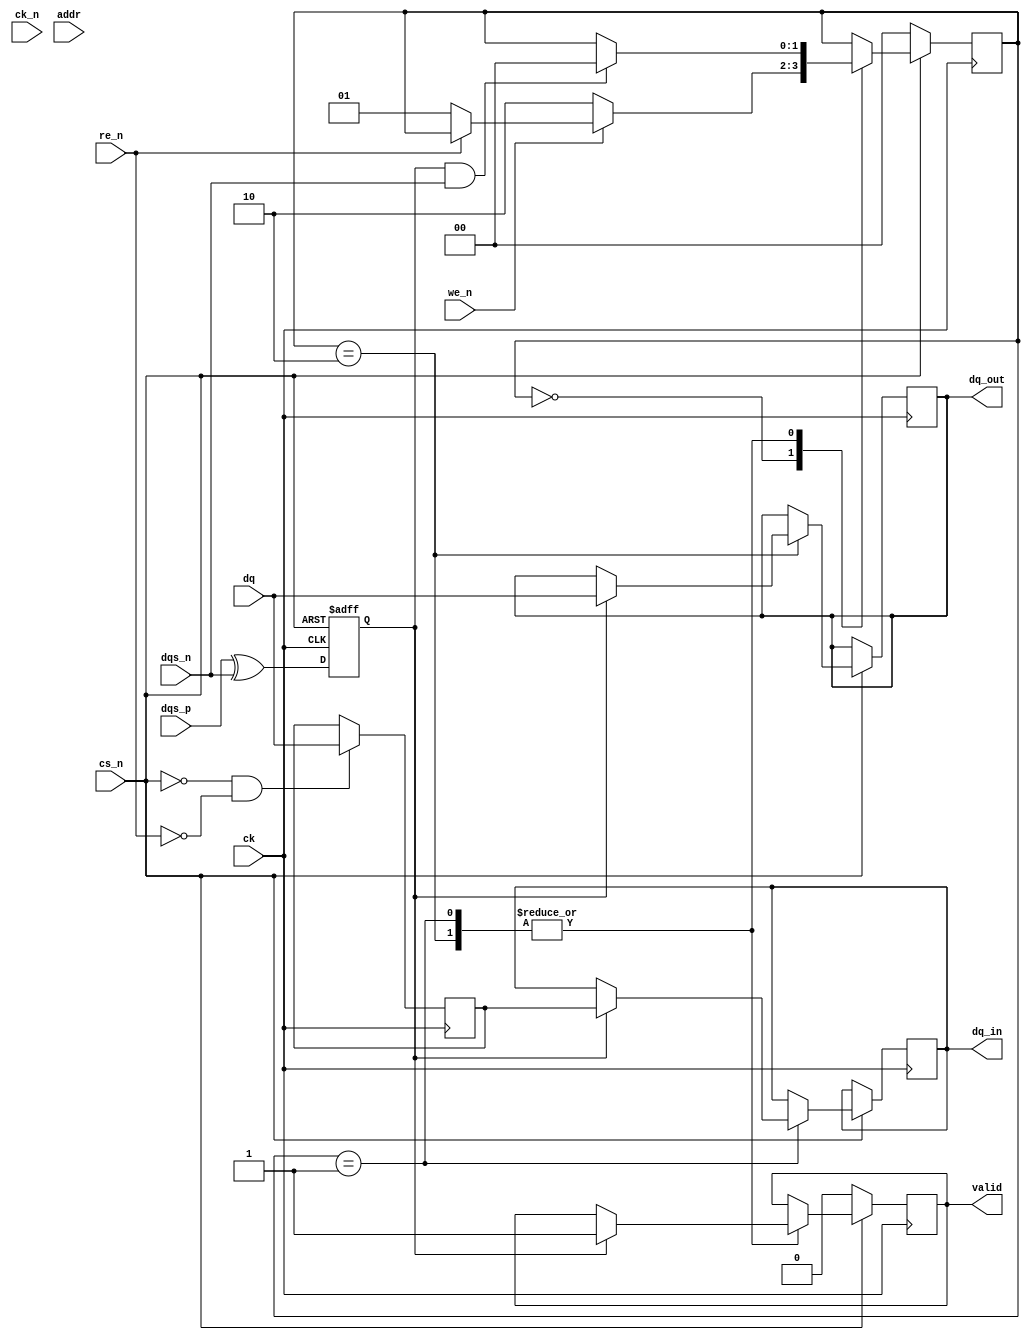
module ddr_sdram_io_block (
    input wire [DQ_WIDTH-1:0] dq,      // Data lines
    input wire dqs_p,                   // Data Strobe Positive
    input wire dqs_n,                   // Data Strobe Negative
    input wire ck,                      // Clock
    input wire ck_n,                    // Inverted Clock
    input wire cs_n,                    // Chip Select (active low)
    input wire we_n,                    // Write Enable (active low)
    input wire re_n,                    // Read Enable (active low)
    input wire [ADDR_WIDTH-1:0] addr,   // Address lines
    output reg [DQ_WIDTH-1:0] dq_out,   // Output data lines
    output reg [DQ_WIDTH-1:0] dq_in,    // Input data lines
    output reg valid                     // Data valid output
);

parameter DQ_WIDTH = 16;               // Number of Data Lines
parameter ADDR_WIDTH = 12;             // Number of Address Lines
parameter CLK_PERIOD = 10;              // Clock period in ns

// Internal signals
reg [DQ_WIDTH-1:0] data_buffer;
reg dqs_edge;                          // Edge detection for DQS
reg [1:0] state;                       // State machine for read/write operations

// State definitions
localparam IDLE      = 2'b00;
localparam READ      = 2'b01;
localparam WRITE     = 2'b10;

// DQS edge detection (sampled on clock edges)
always @(posedge ck or negedge cs_n) begin
    if (!cs_n) begin
        dqs_edge <= 1'b0; // Reset on chip select
    end else begin
        dqs_edge <= dqs_p ^ dqs_n; // DQS edge detection
    end
end

// State machine for read/write operations
always @(posedge ck) begin
    if (!cs_n) begin
        state <= IDLE;
        valid <= 1'b0;
    end else begin
        case (state)
            IDLE: begin
                if (!we_n) begin // Write operation
                    state <= WRITE;
                end else if (!re_n) begin // Read operation
                    state <= READ;
                end
            end
            WRITE: begin
                if (dqs_edge) begin
                    dq_out <= dq; // Drive output data
                    valid <= 1'b1; // Data valid
                end
                if (dqs_edge && dqs_n) begin
                    state <= IDLE; // Go back to IDLE
                end
            end
            READ: begin
                if (dqs_edge) begin
                    dq_in <= data_buffer; // Capture input data on DQS edge
                    valid <= 1'b1; // Data valid
                end
                if (dqs_edge && dqs_n) begin
                    state <= IDLE; // Go back to IDLE
                end
            end
        endcase
    end
end

// Data buffer for read operations (simplified for illustration)
always @(posedge ck) begin
    if (!cs_n && !re_n) begin
        data_buffer <= dq; // Sample data on read enable
    end
end

endmodule